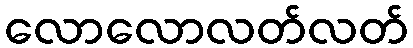
လောလောလတ်လတ်